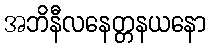
အဘိနီလနေတ္တနယနော